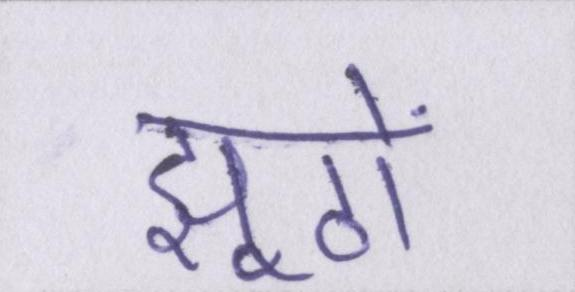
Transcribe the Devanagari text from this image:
झूठों